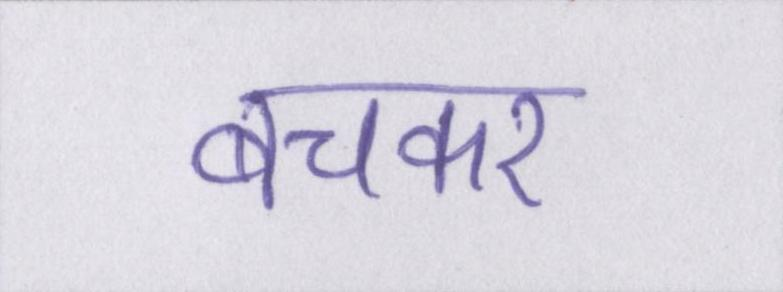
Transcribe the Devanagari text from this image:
बचकर